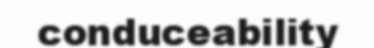
conduceability